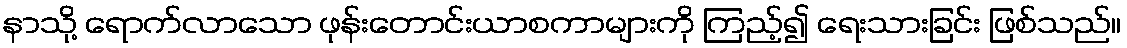
နာသို့ ရောက်လာသော ဖုန်းတောင်းယာစကာများကို ကြည့်၍ ရေးသားခြင်း ဖြစ်သည်။